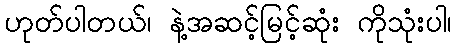
ဟုတ်ပါတယ်၊ နဲ့အဆင့်မြင့်ဆုံး ကိုသုံးပါ၊